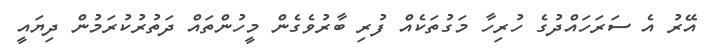
އޭރު އެ ސަރަހައްދުގެ ހުރިހާ މަގުތަކެއް ފުރި ބާރުވެގެން މީހުންތައް ދަތުރުކުރަމުން ދިޔައީ